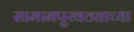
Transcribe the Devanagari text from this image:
सामानपुरवठ्याच्या